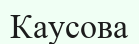
Каусова